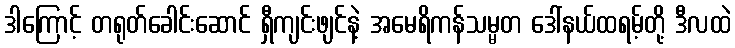
ဒါကြောင့် တရုတ်ခေါင်းဆောင် ရှီကျင်းဖျင်နဲ့ အမေရိကန်သမ္မတ ဒေါ်နယ်ထရမ့်တို့ ဒီလထဲ